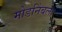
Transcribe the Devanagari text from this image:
मोडनिंबला